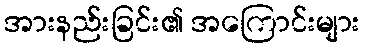
အားနည်းခြင်း၏ အကြောင်းများ